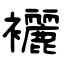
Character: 襹